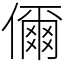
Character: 儞